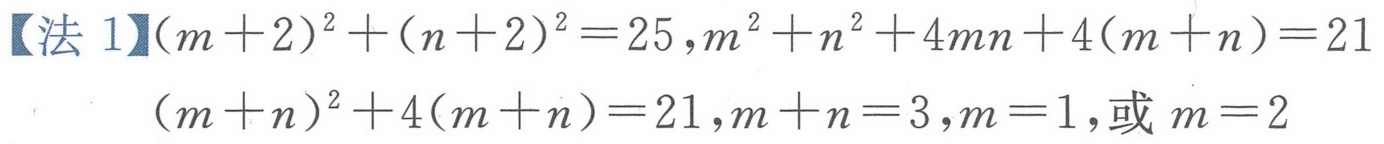
【法 1】\((m + 2)^{2}+(n + 2)^{2}=25,m^{2}+n^{2}+4mn + 4(m + n)=21\)
\((m + n)^{2}+4(m + n)=21,m + n = 3,m = 1,\text{或 }m = 2\)